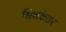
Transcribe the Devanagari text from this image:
शिक्षकेतर